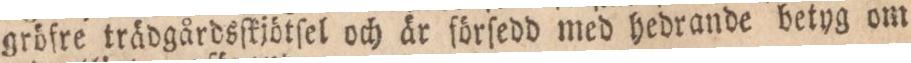
gröfre trädgårdsſkjötſel och är förſedd med hedrande betyg om